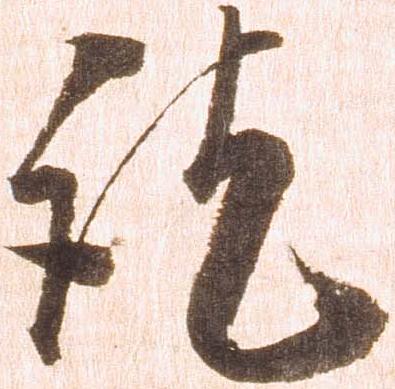
訖